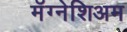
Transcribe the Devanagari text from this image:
मॅग्नेशिअम